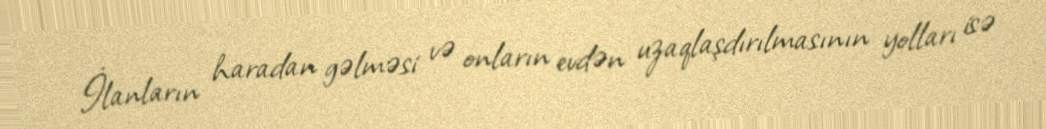
İlanların haradan gəlməsi və onların evdən uzaqlaşdırılmasının yolları isə